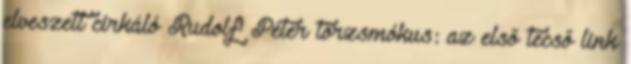
elveszett cirkáló Rudolf Péter törzsmókus: az első tecső link